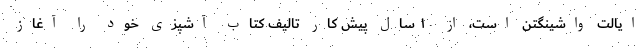
ایالت واشینگتن است، از ۱۰ سال پیش کار تالیف کتاب آشپزی خود را آغاز